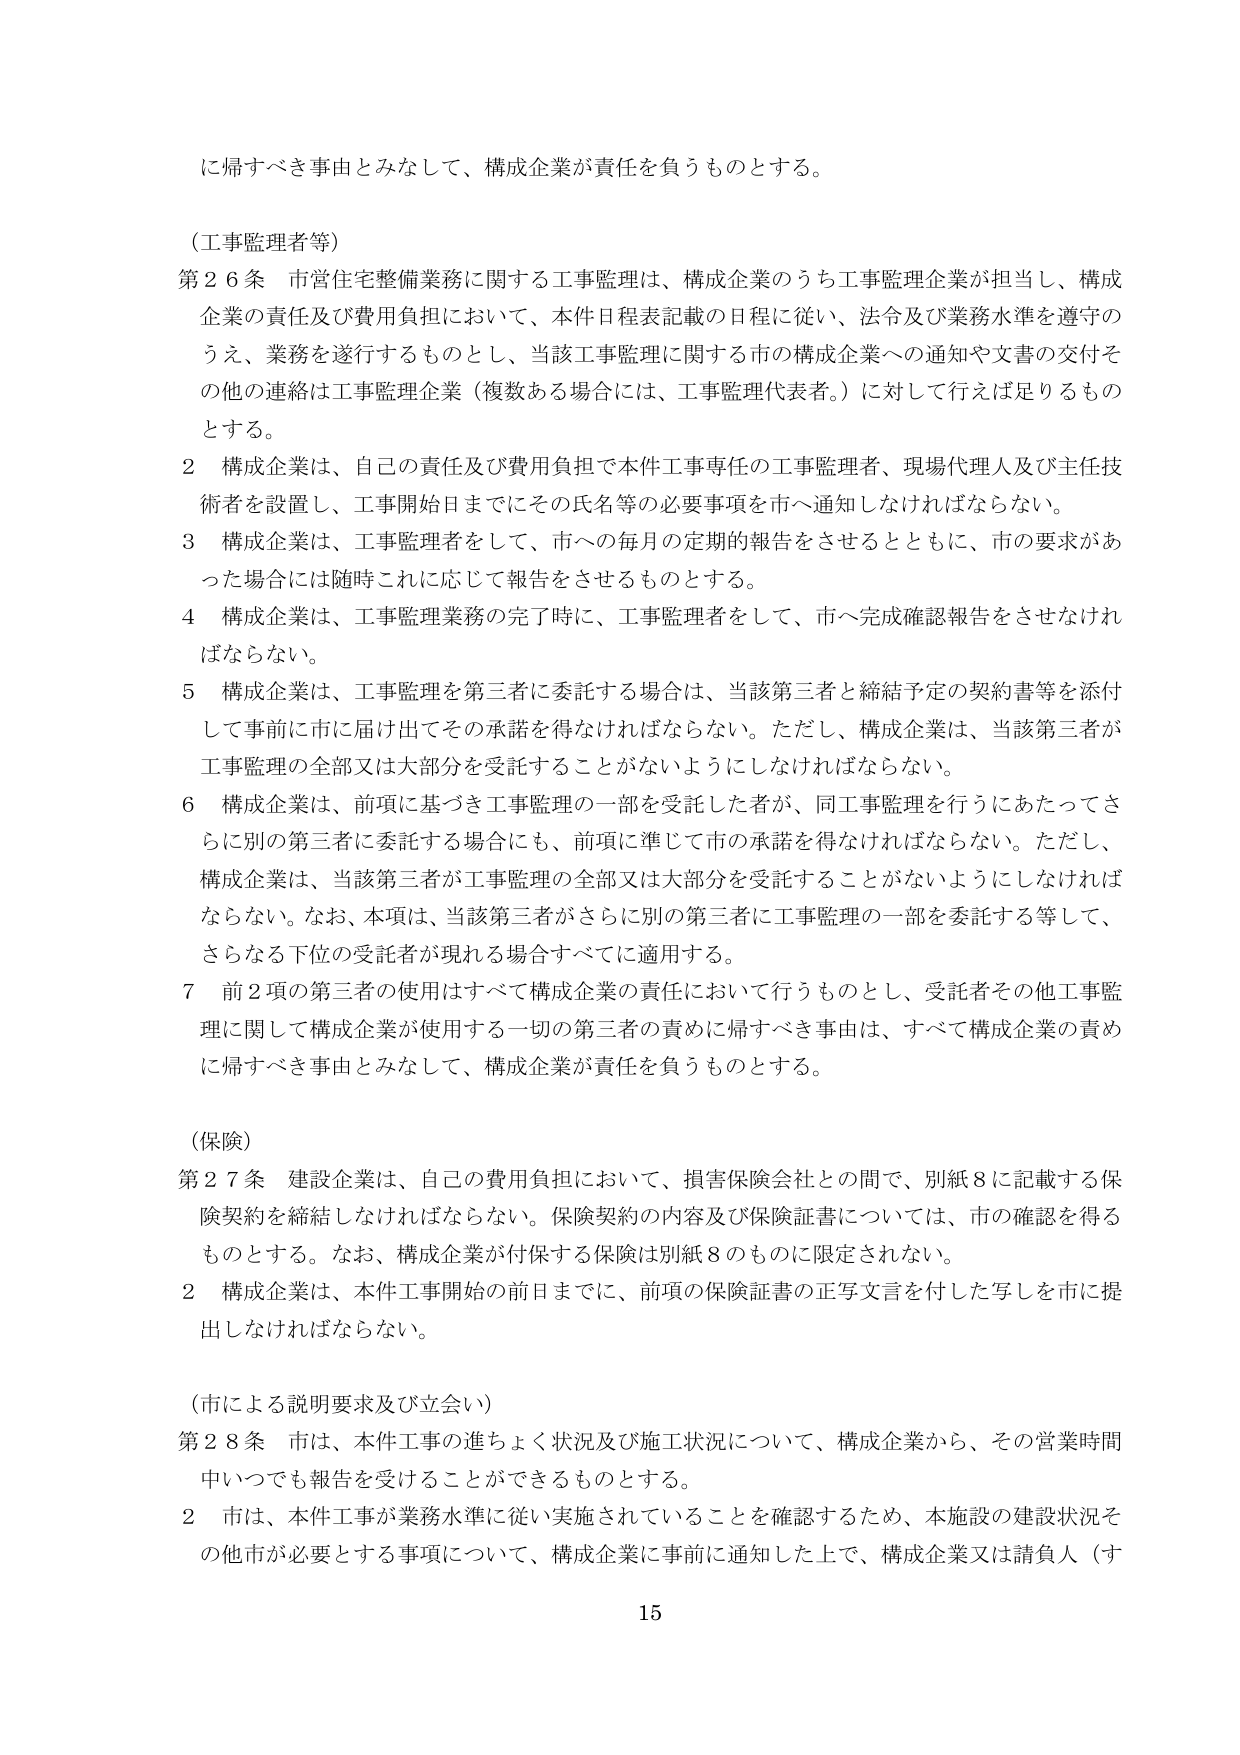
に帰すべき事由とみなして、構成企業が責任を負うものとする。

（工事監理者等）
第26条 市営住宅整備業務に関する工事監理は、構成企業のうち工事監理企業が担当し、構成企業の責任及び費用負担において、本件日程表記載の日程に従い、法令及び業務水準を遵守のうえ、業務を遂行するものとし、当該工事監理に関する市の構成企業への通知や文書の交付その他の連絡は工事監理企業（複数ある場合には、工事監理代表者。）に対して行えば足りるものとする。

2 構成企業は、自己の責任及び費用負担で本件工事専任の工事監理者、現場代理人及び主任技術者を設置し、工事開始日までにその氏名等の必要事項を市へ通知しなければならない。

3 構成企業は、工事監理者をして、市への毎月の定期的報告をさせるとともに、市の要求があった場合には随時これに応じて報告をさせるものとする。

4 構成企業は、工事監理業務の完了時に、工事監理者をして、市へ完成確認報告をさせなければならない。

5 構成企業は、工事監理を第三者に委託する場合は、当該第三者と締結予定の契約書等を添付して事前に市に届け出てその承諾を得なければならない。ただし、構成企業は、当該第三者が工事監理の全部又は大部分を受託することがないようにしなければならない。

6 構成企業は、前項に基づき工事監理の一部を受託した者が、同工事監理を行うにあたってさらに別の第三者に委託する場合にも、前項に準じて市の承諾を得なければならない。ただし、構成企業は、当該第三者が工事監理の全部又は大部分を受託することがないようにしなければならない。なお、本項は、当該第三者がさらに別の第三者に工事監理の一部を委託する等して、さらなる下位の受託者が現れる場合すべてに適用する。

7 前2項の第三者の使用はすべて構成企業の責任において行うものとし、受託者その他工事監理に関して構成企業が使用する一切の第三者の責めに帰すべき事由は、すべて構成企業の責めに帰すべき事由とみなして、構成企業が責任を負うものとする。

（保険）
第27条 建設企業は、自己の費用負担において、損害保険会社との間で、別紙8に記載する保険契約を締結しなければならない。保険契約の内容及び保険証書については、市の確認を得るものとする。なお、構成企業が付保する保険は別紙8のものに限定されない。

2 構成企業は、本件工事開始の前日までに、前項の保険証書の正写文言を付した写しを市に提出しなければならない。

（市による説明要求及び立会い）
第28条 市は、本件工事の進ちょく状況及び施工状況について、構成企業から、その営業時間中いつでも報告を受けることができるものとする。

2 市は、本件工事が業務水準に従い実施されていることを確認するため、本施設の建設状況その他市が必要とする事項について、構成企業に事前に通知した上で、構成企業又は請負人（す

15